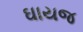
ઘાયજ